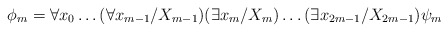
\begin{align*}\phi_m = \forall x_0 \ldots (\forall x_{m-1}/X_{m-1}) (\exists x_m / X_m) \ldots (\exists x_{2m-1}/X_{2m-1}) \psi_m\end{align*}